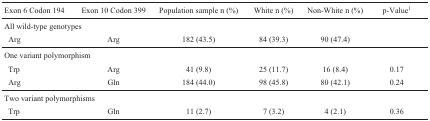
| Exon 6 Codon 194 | Exon 10 Codon 399 | Population sample n (%) | White n (%) | Non-White n (%) | p-Value1 |
 | --- | --- | --- | --- | --- | --- |
 | <COLSPAN=6> All wild-type genotypes |
 | Arg | Arg | 182 (43.5) | 84 (39.3) | 90 (47.4) |  |
 | <COLSPAN=5> One variant polymorphism |  |
 | Trp | Arg | 41 (9.8) | 25 (11.7) | 16 (8.4) | 0.17 |
 | Arg | Gln | 184 (44.0) | 98 (45.8) | 80 (42.1) | 0.24 |
 | <COLSPAN=4> Two variant polymorphisms |  |  |
 | Trp | Gln | 11 (2.7) | 7 (3.2) | 4 (2.1) | 0.36 |